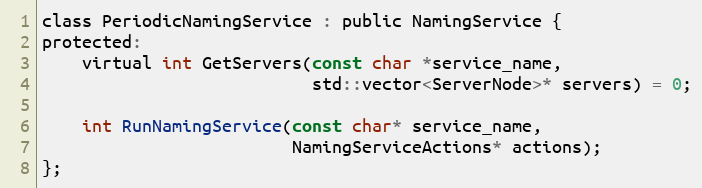
Language: C
class PeriodicNamingService : public NamingService {
protected:
    virtual int GetServers(const char *service_name,
                           std::vector<ServerNode>* servers) = 0;

    int RunNamingService(const char* service_name,
                         NamingServiceActions* actions);
};